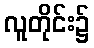
လူတိုင်း၌